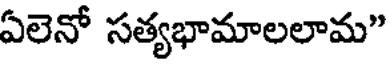
ఏలెనో సత్యభామాలలామ"